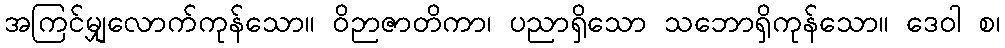
အကြင်မျှလောက်ကုန်သော။ ဝိဉာဇာတိကာ၊ ပညာရှိသော သဘောရှိကုန်သော။ ဒေဝါ စ၊